Source: Computer-generated
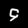
Digit: ၄ (4)